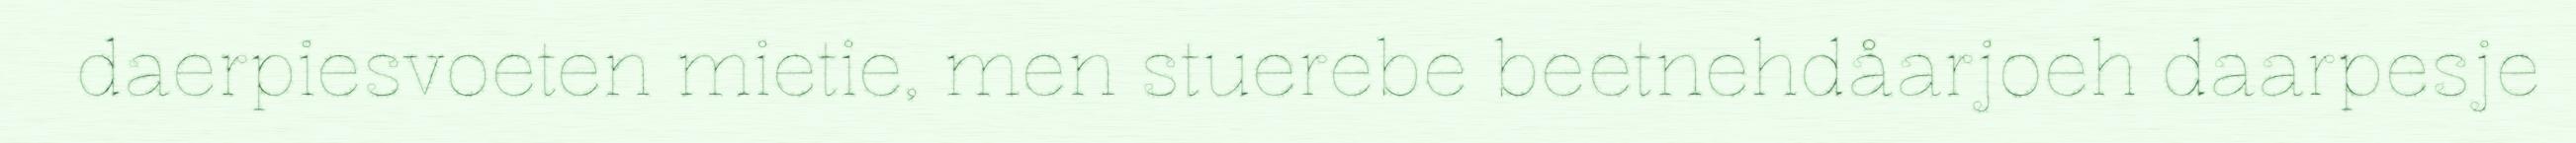
daerpiesvoeten mietie, men stuerebe beetnehdåarjoeh daarpesje